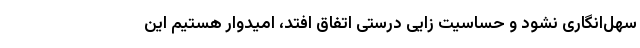
سهل‌انگاری نشود و حساسیت زایی درستی اتفاق افتد، امیدوار هستیم این